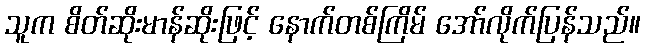
သူက စိတ်ဆိုးမာန်ဆိုးဖြင့် နောက်တစ်ကြိမ် အော်လိုက်ပြန်သည်။